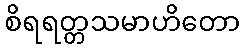
စိရရတ္တသမာဟိတော